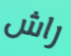
راش